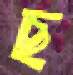
ছ